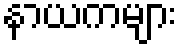
နာယကများ